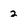
Character: 2